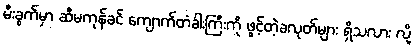
မီးခွက်မှာ ဆီမကုန်ခင် ကျောက်တံခါးကြီးကို ဖွင့်တဲ့ခလုတ်များ ရှိသလား လို့